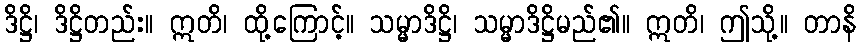
ဒိဋ္ဌိ၊ ဒိဋ္ဌိတည်း။ ဣတိ၊ ထို့ကြောင့်။ သမ္မာဒိဋ္ဌိ၊ သမ္မာဒိဋ္ဌိမည်၏။ ဣတိ၊ ဤသို့။ တာနိ